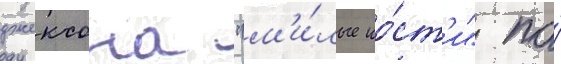
джексона "м'и́лые ко́ст'и" по́